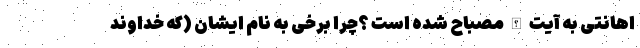
اهانتی به آیت الله مصباح شده است ؟چرا برخی به نام ایشان (که خداوند